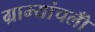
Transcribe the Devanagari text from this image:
ग्राम्यांचलोँ